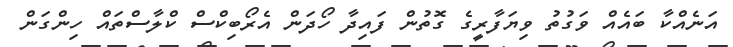
އަނެއްކާ ބައެއް ވަގުތު ވިޔަފާރީގެ ގޮތުން ފައިދާ ހޯދަން އެރޯބިކްސް ކްލާސްތައް ހިންގަން